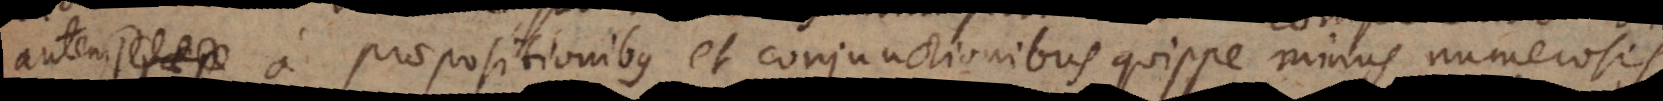
tem a praepositionibus et conjunctionibus quippe minus numerosis.